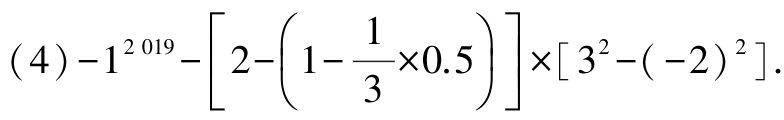
\((4)-1^{2019}-\left[2-\left(1-\frac{1}{3}\times0.5\right)\right]\times\left[3^{2}-(-2)^{2}\right].\)